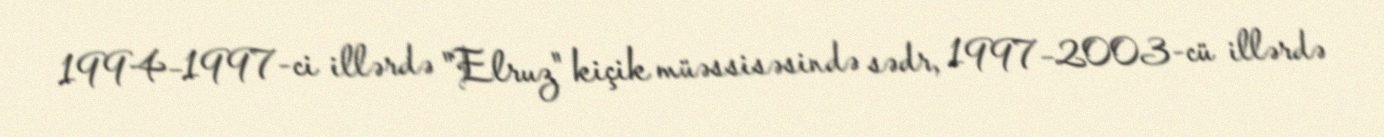
1994–1997-ci illərdə "Elruz" kiçik müəssisəsində sədr, 1997–2003-cü illərdə